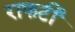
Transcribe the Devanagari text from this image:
राफर्टी